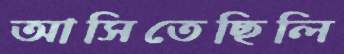
আসিতেছিলি